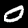
Digit: 0